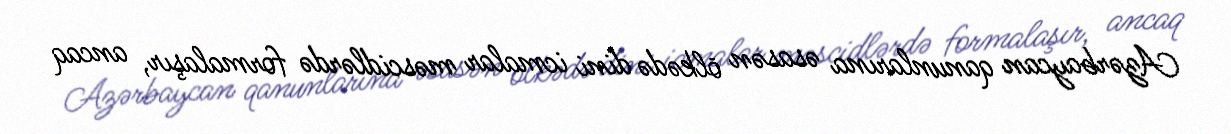
Azərbaycan qanunlarına əsasən ölkədə dini icmalar məscidlərdə formalaşır, ancaq